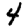
Digit: 4